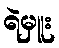
ရဲမှူး